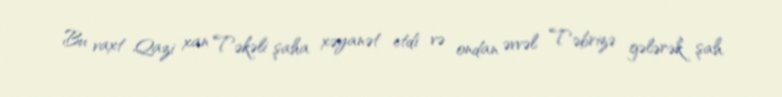
Bu vaxt Qazi xan Təkəli şaha xəyanət etdi və ondan əvvəl Təbrizə gələrək şah